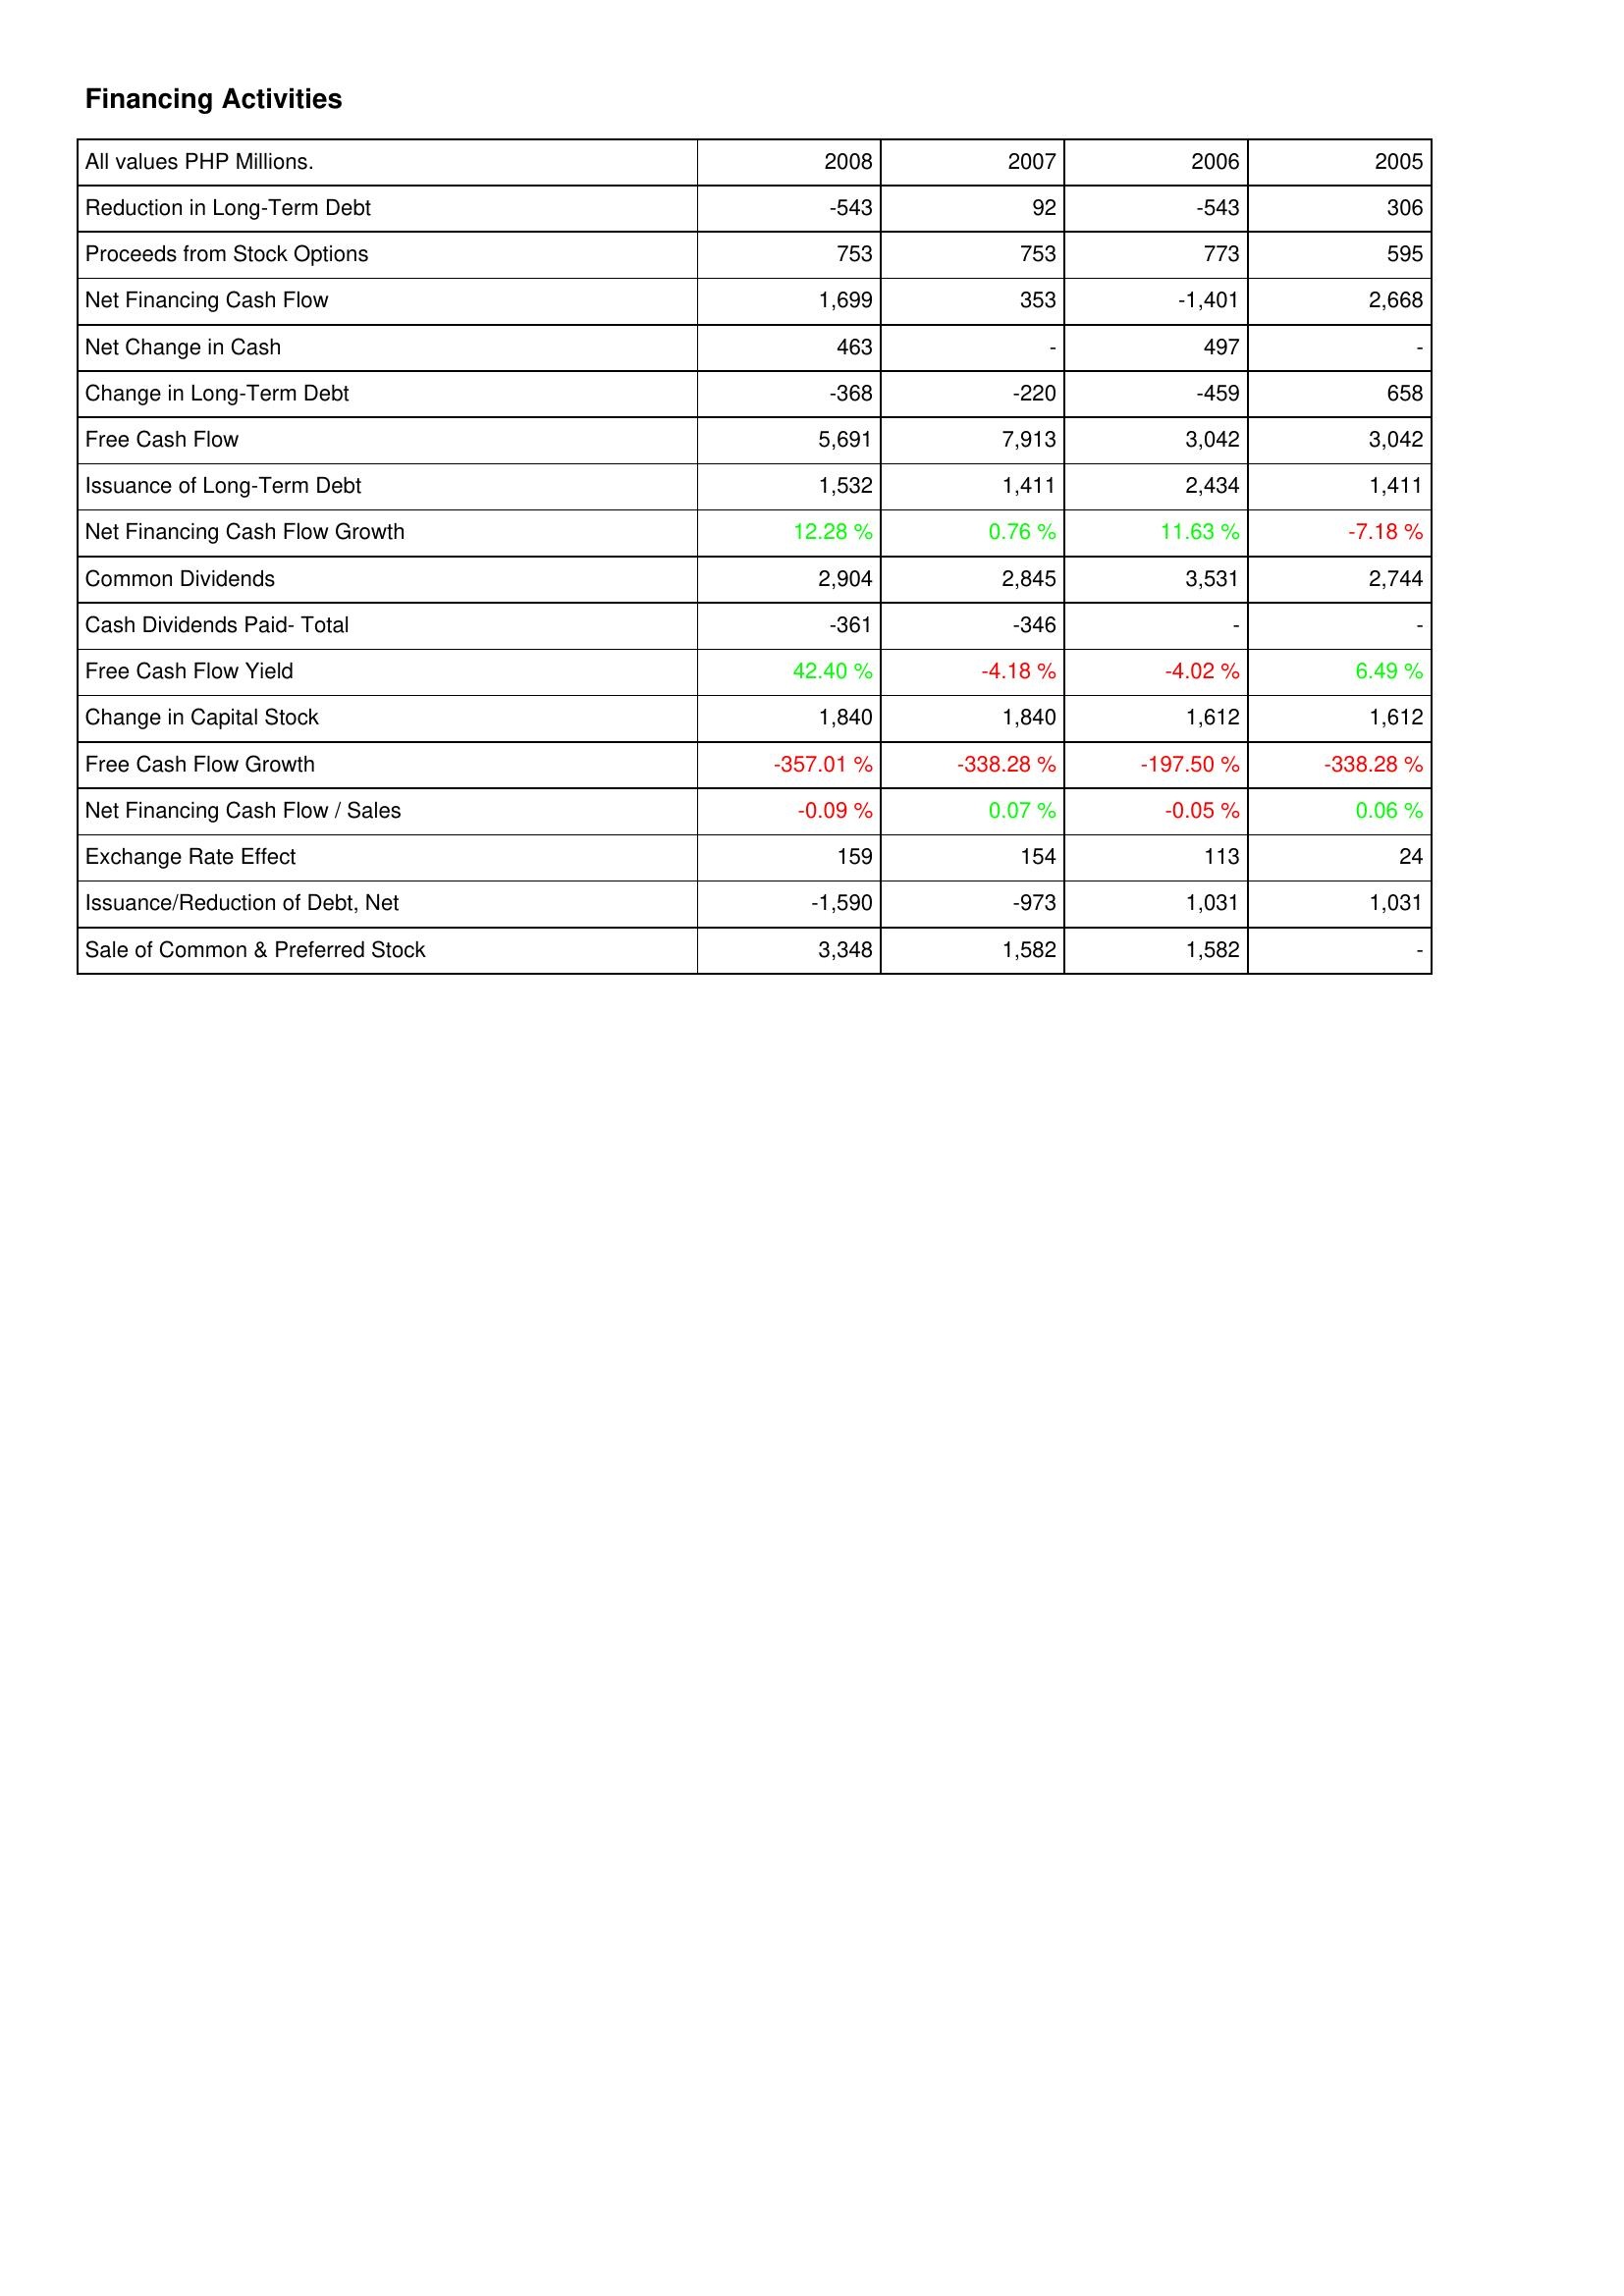
2008: Financing Activities: Reduction in Long-Term Debt: -543
Proceeds from Stock Options: 753
Net Financing Cash Flow: 1,699
Net Change in Cash: 463
Change in Long-Term Debt: -368
Free Cash Flow: 5,691
Issuance of Long-Term Debt: 1,532
Net Financing Cash Flow Growth: 12.28 %
Common Dividends: 2,904
Cash Dividends Paid- Total: -361
Free Cash Flow Yield: 42.40 %
Change in Capital Stock: 1,840
Free Cash Flow Growth: -357.01 %
Net Financing Cash Flow / Sales: -0.09 %
Exchange Rate Effect: 159
Issuance/Reduction of Debt, Net: -1,590
Sale of Common & Preferred Stock: 3,348
2007: Financing Activities: Reduction in Long-Term Debt: 92
Proceeds from Stock Options: 753
Net Financing Cash Flow: 353
Net Change in Cash: -
Change in Long-Term Debt: -220
Free Cash Flow: 7,913
Issuance of Long-Term Debt: 1,411
Net Financing Cash Flow Growth: 0.76 %
Common Dividends: 2,845
Cash Dividends Paid- Total: -346
Free Cash Flow Yield: -4.18 %
Change in Capital Stock: 1,840
Free Cash Flow Growth: -338.28 %
Net Financing Cash Flow / Sales: 0.07 %
Exchange Rate Effect: 154
Issuance/Reduction of Debt, Net: -973
Sale of Common & Preferred Stock: 1,582
2006: Financing Activities: Reduction in Long-Term Debt: -543
Proceeds from Stock Options: 773
Net Financing Cash Flow: -1,401
Net Change in Cash: 497
Change in Long-Term Debt: -459
Free Cash Flow: 3,042
Issuance of Long-Term Debt: 2,434
Net Financing Cash Flow Growth: 11.63 %
Common Dividends: 3,531
Cash Dividends Paid- Total: -
Free Cash Flow Yield: -4.02 %
Change in Capital Stock: 1,612
Free Cash Flow Growth: -197.50 %
Net Financing Cash Flow / Sales: -0.05 %
Exchange Rate Effect: 113
Issuance/Reduction of Debt, Net: 1,031
Sale of Common & Preferred Stock: 1,582
2005: Financing Activities: Reduction in Long-Term Debt: 306
Proceeds from Stock Options: 595
Net Financing Cash Flow: 2,668
Net Change in Cash: -
Change in Long-Term Debt: 658
Free Cash Flow: 3,042
Issuance of Long-Term Debt: 1,411
Net Financing Cash Flow Growth: -7.18 %
Common Dividends: 2,744
Cash Dividends Paid- Total: -
Free Cash Flow Yield: 6.49 %
Change in Capital Stock: 1,612
Free Cash Flow Growth: -338.28 %
Net Financing Cash Flow / Sales: 0.06 %
Exchange Rate Effect: 24
Issuance/Reduction of Debt, Net: 1,031
Sale of Common & Preferred Stock: -